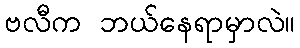
ဗလီက ဘယ်နေရာမှာလဲ။